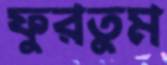
ফুরতুম